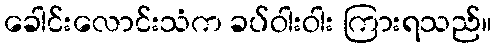
ခေါင်းလောင်းသံက ခပ်ဝါးဝါး ကြားရသည်။